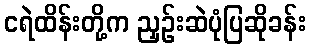
ငရဲထိန်းတို့က ညှဉ်းဆဲပုံပြဆိုခန်း